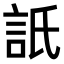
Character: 𧦄